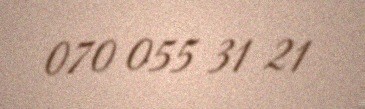
070 055 31 21